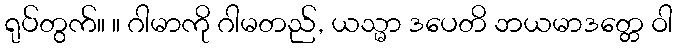
ရုပ်တွက်။ ။ ဂါမာကို ဂါမတည်, ယသ္မာ ဒပေတိ ဘယမာဒတ္တေ ဝါ